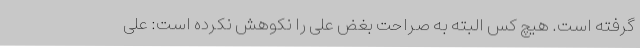
گرفته است. هیچ کس البته به صراحت بُغض علی را نکوهش نکرده است: علی